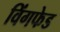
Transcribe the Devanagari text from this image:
विंगफेड